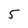
Character: 5